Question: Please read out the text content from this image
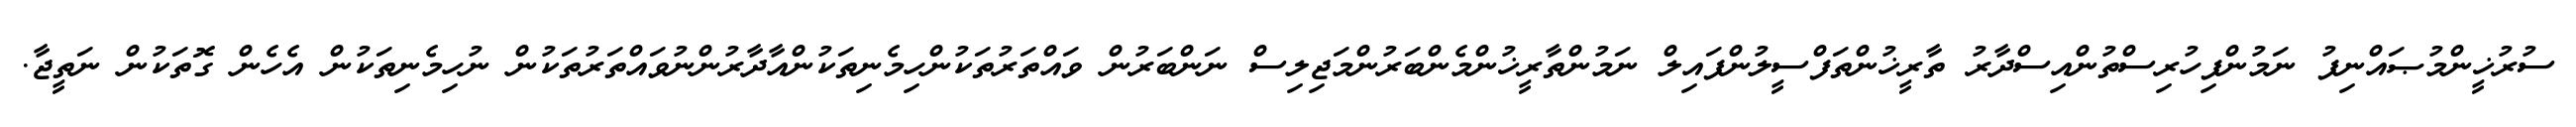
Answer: ސުރުޚީންމުޞައްނިފު ނަމުންފިހުރިސްތުންއިސްދާރު ތާރީޚުންތަފްސީލުންފައިލް ނަމުންތާރީޚުންމެންބަރުންމަޖިލިސް ނަންބަރުން ވައްތަރުތަކުންހިމެނިތަކުންއާދާރުންނުވައްތަރުތަކުން ނުހިމެނިތަކުން އެހެން ގޮތަކުން ނަތީޖާ.